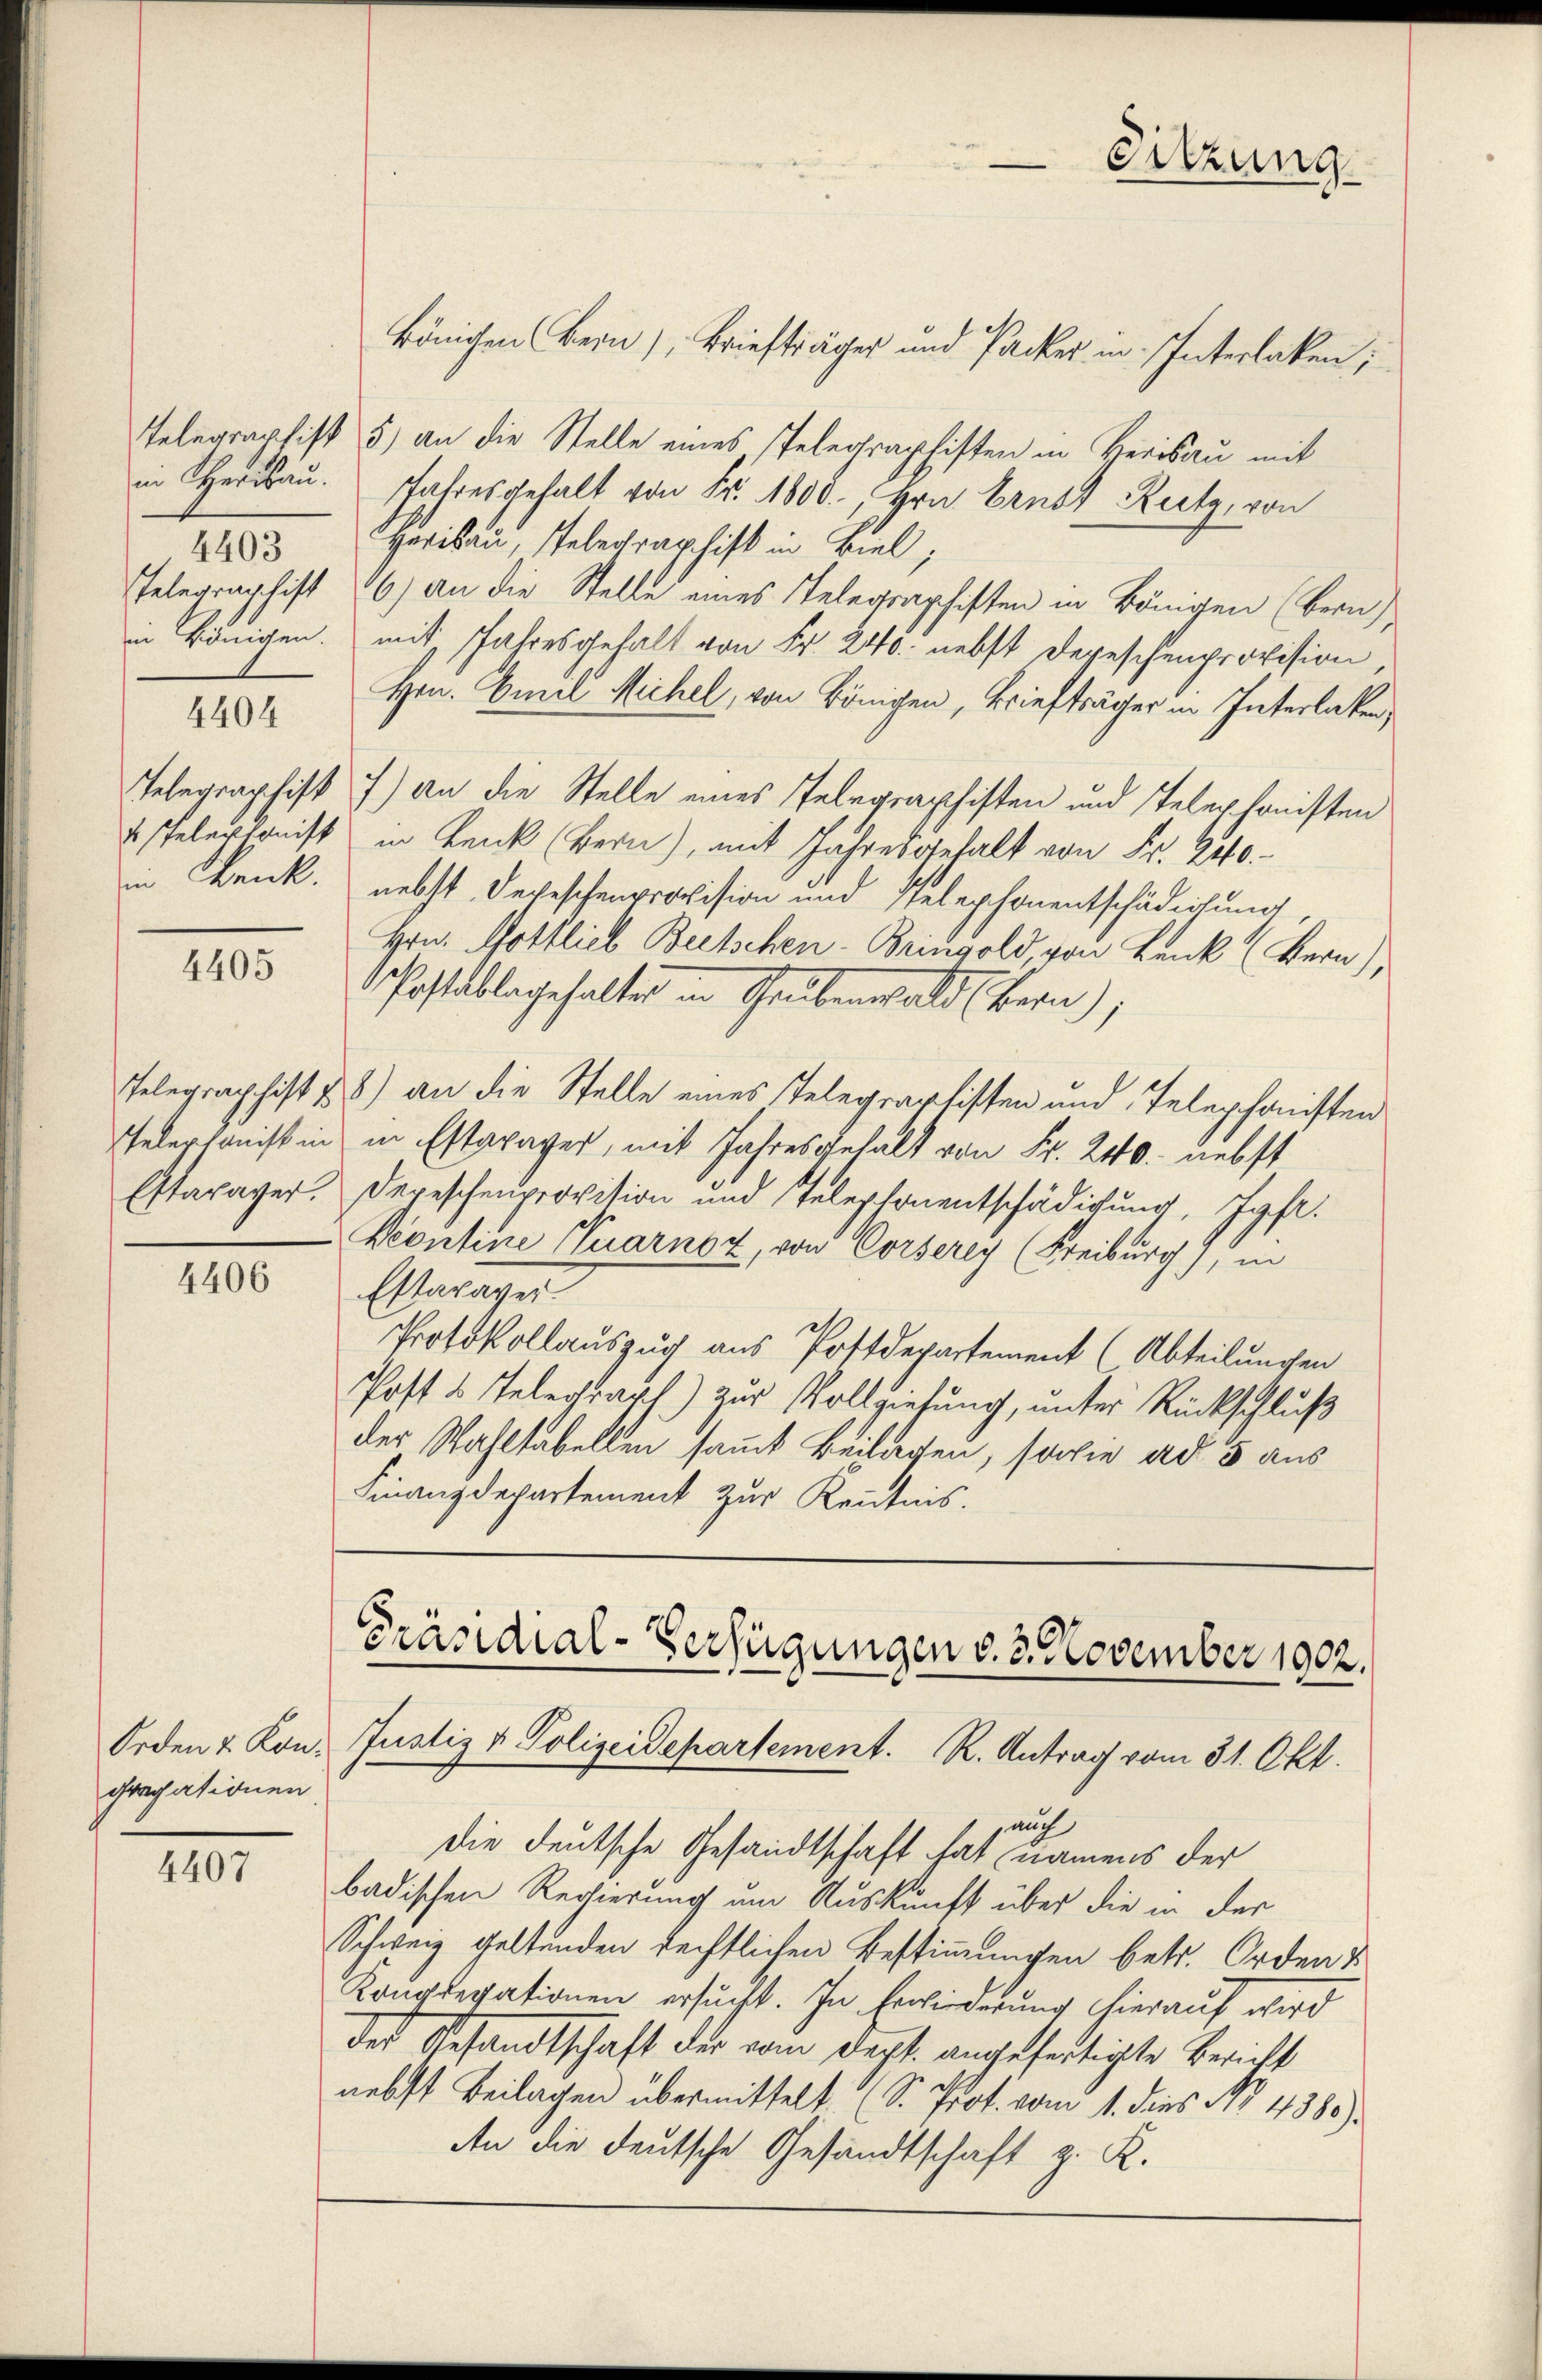
in Herisau.
4403
Telegraschift
in Königen.

4404

x Telenkonist

4405

Telephonist in

4406

gregationen.

4407

königen (Bein), Briefträger und Packer in Interlaken,

Telegraphist 5) an die Stelle eines Telegraphisten in Herisau mit
Jahresgehalt von Fr. 1808., Hrn. Ernst Rutz, von
Herisau, Telegraphist in viel,
6) an die Stelle eines Telegraphisten in Königen (Bern
mit, Jahresgehalt von Fr. 240. nebst Depeschenprovision,
Hrn. Emil Michel, von Königen, Briefträger in Interlaken,
Telegraphist 7) an die Stelle eines Telegraphisten und Telephonisten
in Bank (Bern), mit Jahresgehalt von Fr. 240.
in Bank. nebst Depeschenprovision und Telephonentschädigung
Hrn. Gottlieb Beetschen- Bringold von Bank (Bern),
Postablegehalten in Grubenwald (Bern),
Telegraphist & 8) an die Stelle eines Telegraphisten und Telephonisten
in Estavayer, mit Jahresgehalt von Fr. 240. nebst
Estavayer. Depeschenprovision und Telephonentschädigung, Jgfr.
Veontine Quarnsz, von Corserey (Freiburg), in
Estavayer.
Protokollauszug aus Postdepartement (Abteilungen
Post u. Telegraph) zur Vollziehung, unter Rückschluß
der Wahltabellen samt Beilagen, sowie ad 5 aus
Finanzdepartement zur Kenntnis.

auch
die deutsche Gesandtschaft hat namens der
badischen Regierung um Auskunft über die in der
Schweiz geltunden rechtlichen Bestimmungen betr. Orden &
Konglegationen ersucht. In Erwiederung hierauf wird
des Besandtschaft der vom Dept. angefertigte Bericht
nebst Beilagen übermittelt (S. Prof. vom 1. dies No. 4380).
An die deutsche Gesandtschaft z. K.

Sitzung

Präsidial-Verfügungen v. 3. November 1902.
Orden & Kon. Justiz & Polizeidepartement. R. Antrag vom 31. Okt.